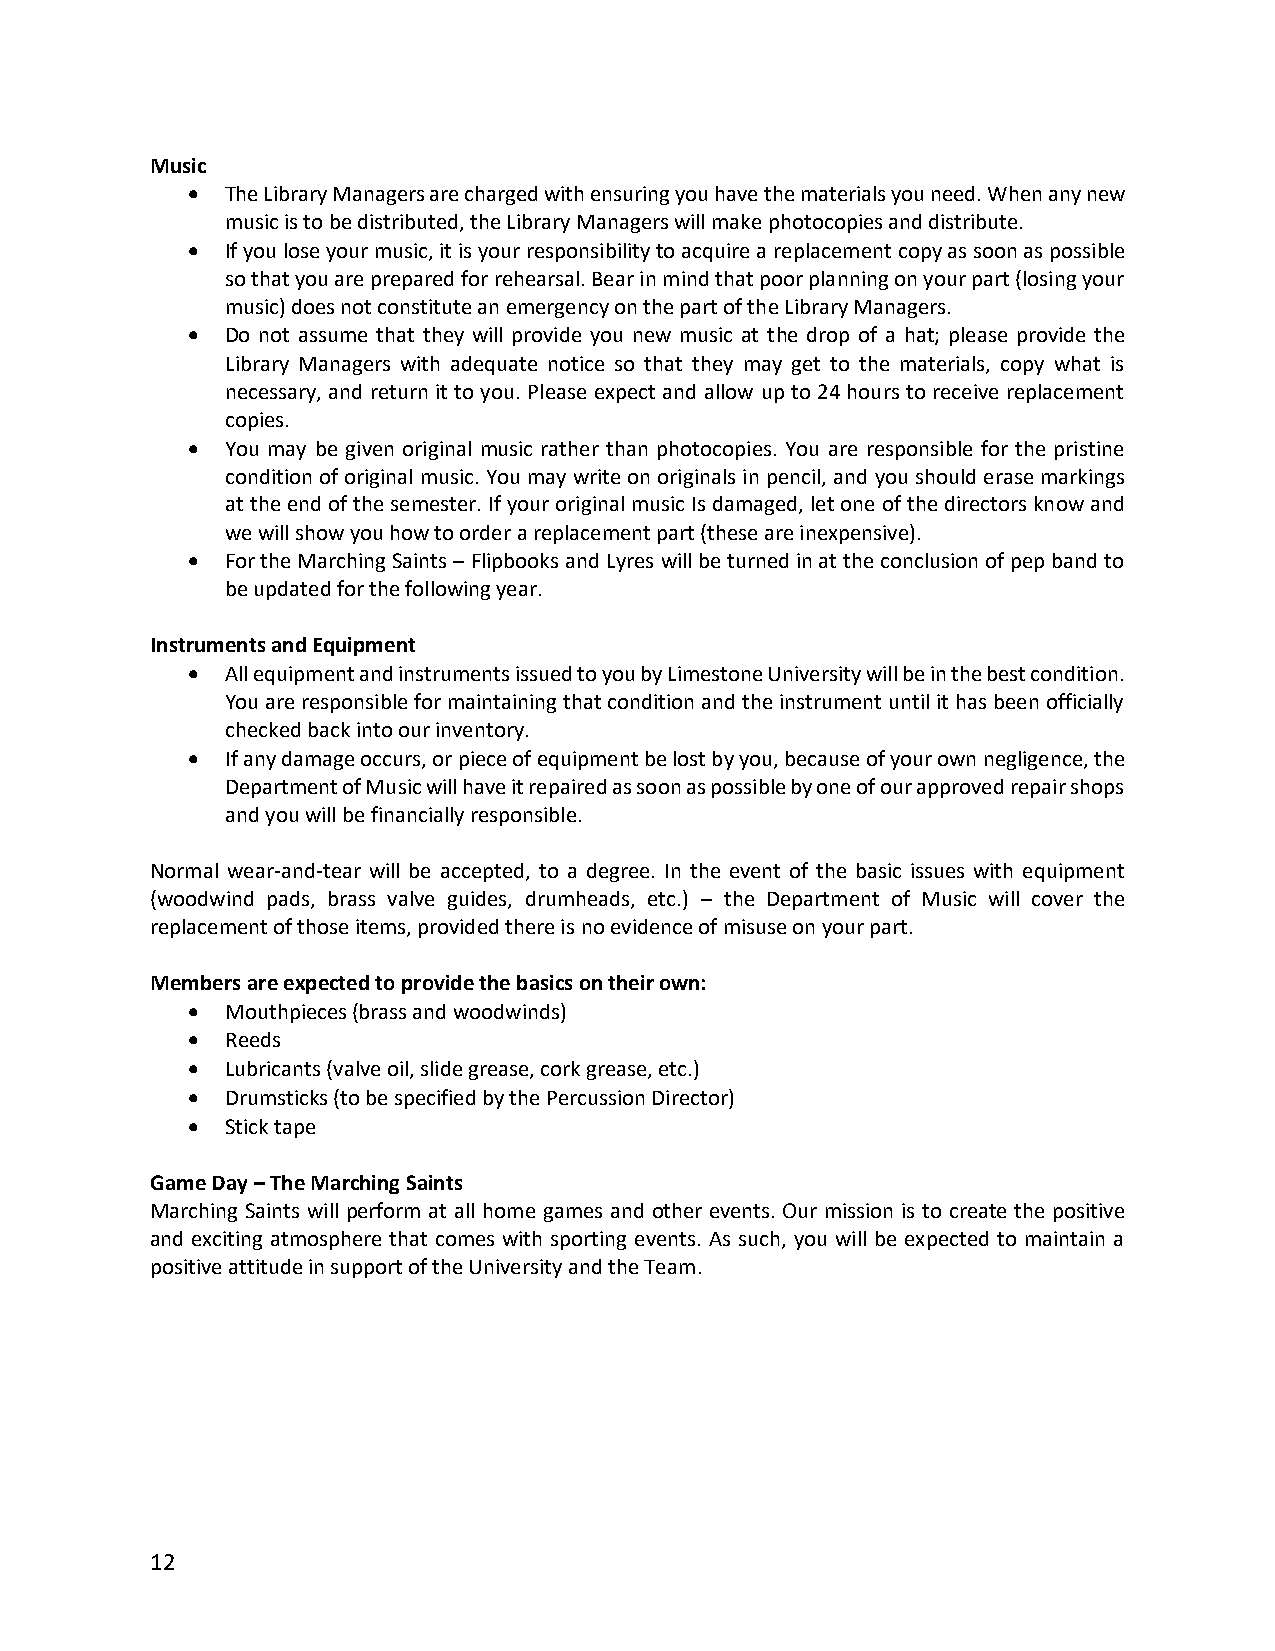
Music
 •  The Library Managers are charged with ensuring you have the materials you need. When any new
 music is to be distributed, the Library Managers will make photocopies and distribute.
 •  If you lose your music, it is your responsibility to acquire a replacement copy as soon as possible
 so that you are prepared for rehearsal. Bear in mind that poor planning on your part (losing your
 music) does not constitute an emergency on the part of the Library Managers.
 •  Do not assume that they will provide you new music at the drop of a hat; please provide the
 Library Managers with adequate notice so that they may get to the materials, copy what is
 necessary, and return it to you. Please expect and allow up to 24 hours to receive replacement
 copies.
 •  You may be given original music rather than photocopies. You are responsible for the pristine
 condition of original music. You may write on originals in pencil, and you should erase markings
 at the end of the semester. If your original music Is damaged, let one of the directors know and
 we will show you how to order a replacement part (these are inexpensive).
 •  For the Marching Saints – Flipbooks and Lyres will be turned in at the conclusion of pep band to
 be updated for the following year.
 Instruments and Equipment
 •  All equipment and instruments issued to you by Limestone University will be in the best condition.
 You are responsible for maintaining that condition and the instrument until it has been officially
 checked back into our inventory.
 •  If any damage occurs, or piece of equipment be lost by you, because of your own negligence, the
 Department of Music will have it repaired as soon as possible by one of our approved repair shops
 and you will be financially responsible.
 Normal wear-and-tear will be accepted, to a degree. In the event of the basic issues with equipment
 (woodwind pads, brass valve guides, drumheads, etc.) – the Department of Music will cover the
 replacement of those items, provided there is no evidence of misuse on your part.
 Members are expected to provide the basics on their own:
 •  Mouthpieces (brass and woodwinds)
 •  Reeds
 •  Lubricants (valve oil, slide grease, cork grease, etc.)
 •  Drumsticks (to be specified by the Percussion Director)
 •  Stick tape
 Game Day – The Marching Saints
 Marching Saints will perform at all home games and other events. Our mission is to create the positive
 and exciting atmosphere that comes with sporting events. As such, you will be expected to maintain a
 positive attitude in support of the University and the Team.
 12